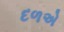
દળએ